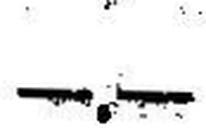
—.—